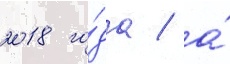
2018 го́да / а́